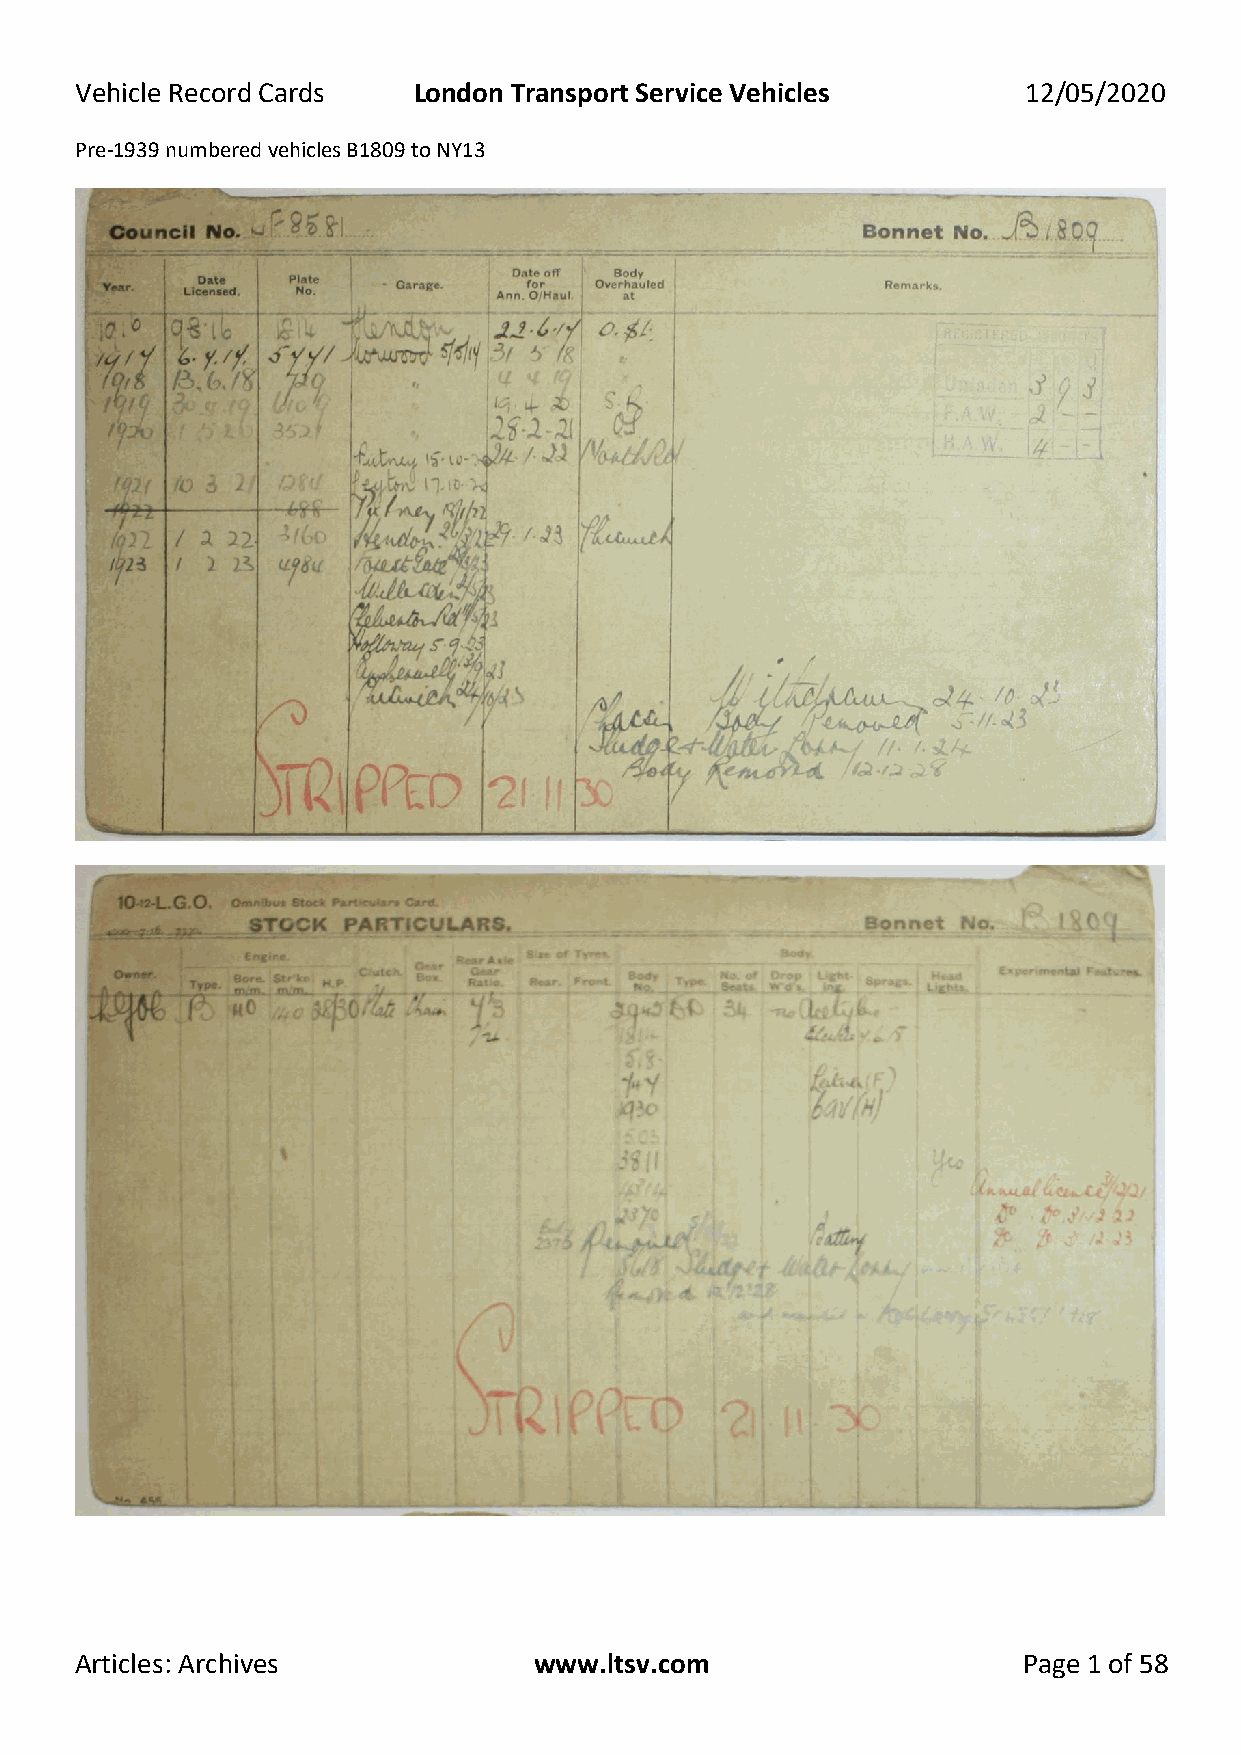
Vehicle Record Cards  London Transport Service Vehicles        12/05/2020
 Pre-1939 numbered vehicles B1809 to NY13
 Articles: Archives            www.ltsv.com                     Page 1 of 58